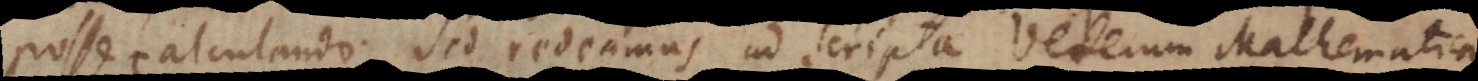
posse calculando. Sed redeamus ad scripta Veterum Mathemati